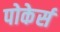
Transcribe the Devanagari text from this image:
पोकेर्स